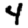
Digit: 4